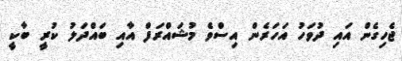
ޖެހިގެން އައި ދުވަހު އަހަރެން އިސްވެ މުޝައްރަފް އާއި ބައްދަލު ކުރީ ބާކީ